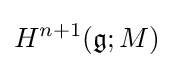
H^{n+1}({\mathfrak {g}};M)